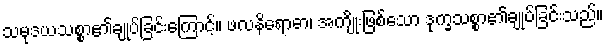
သမုဒယသစ္စာ၏ချုပ်ခြင်းကြောင့်။ ဖလနိရောဓာ၊ အကျိုးဖြစ်သော ဒုက္ခသစ္စာ၏ချုပ်ခြင်းသည်။